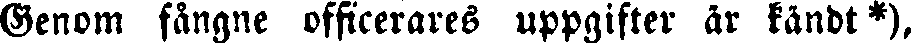
Genom fångne officerares uppgifter är kåndt*),